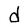
Character: d